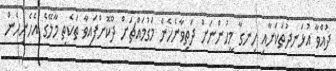
ދުއްވާ އުޅަނދުތަކަށާއި ހިނގާ މީހުންނަށް ދަތިވާނެހެން މަގުމައްޗަށް ދޫކޮށްފައިވާ ތަކެތި މާލޭގެ އެހެނިހެން